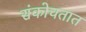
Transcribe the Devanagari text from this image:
संकोचतात